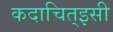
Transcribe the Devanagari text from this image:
कदाचित्‌इसी